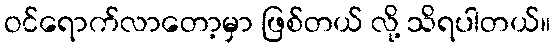
ဝင်ရောက်လာတော့မှာ ဖြစ်တယ် လို့ သိရပါတယ်။